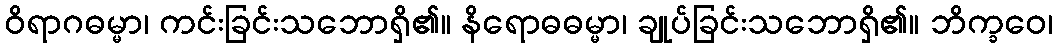
ဝိရာဂဓမ္မာ၊ ကင်းခြင်းသဘောရှိ၏။ နိရောဓဓမ္မာ၊ ချုပ်ခြင်းသဘောရှိ၏။ ဘိက္ခဝေ၊